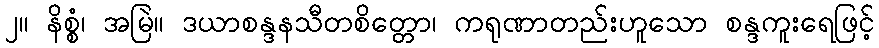
၂။ နိစ္စံ၊ အမြဲ။ ဒယာစန္ဒနသီတစိတ္တော၊ ကရုဏာတည်းဟူသော စန္ဒကူးရေဖြင့်